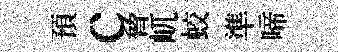
預c脅屼蛟準啼